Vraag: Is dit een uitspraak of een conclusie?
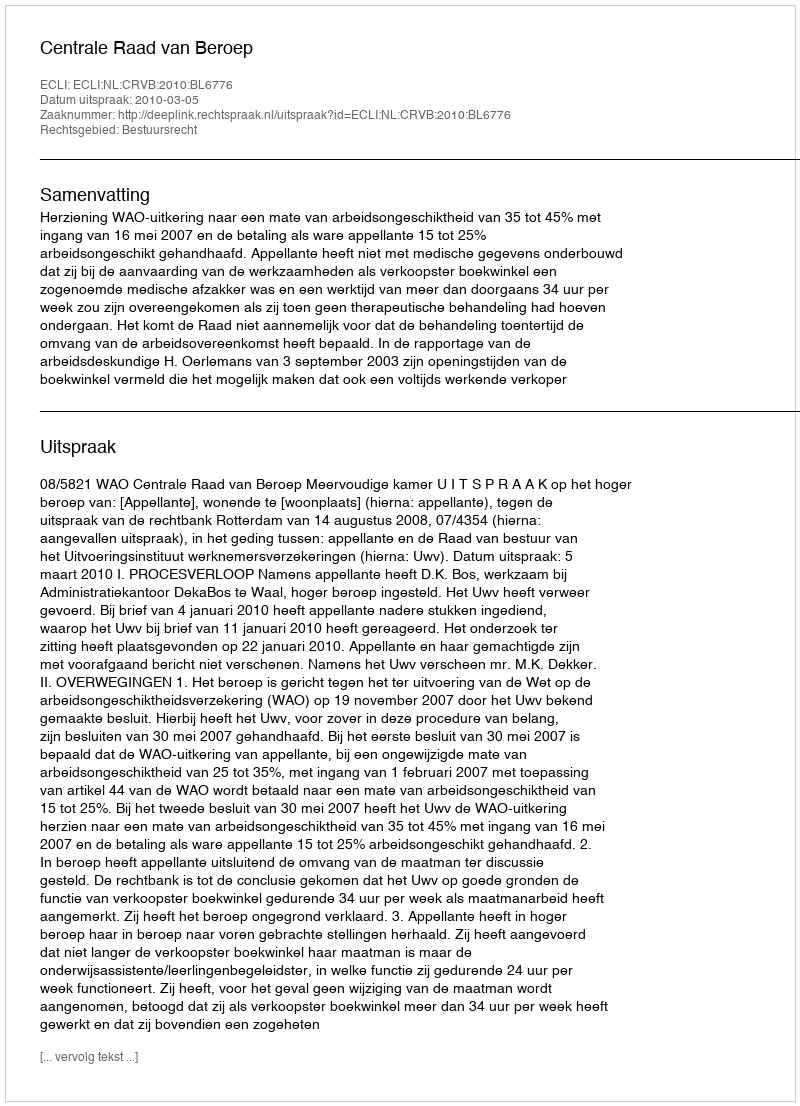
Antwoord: Uitspraak